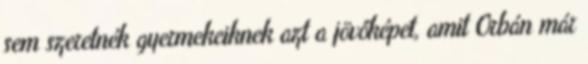
sem szeretnék gyermekeiknek azt a jövőképet, amit Orbán már